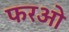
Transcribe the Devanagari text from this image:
फरओ